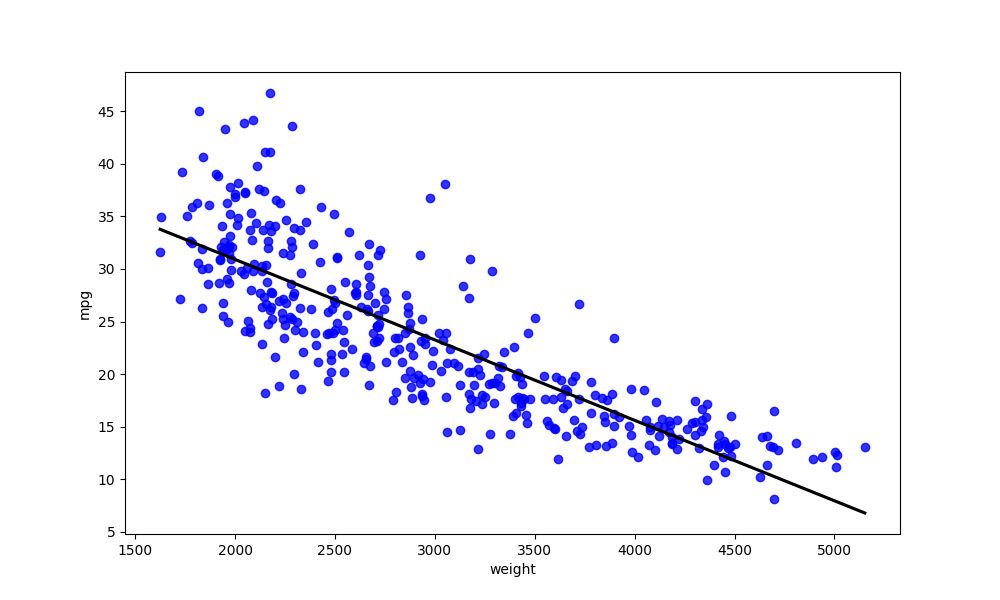
python, seaborn, regplot, order=1, ci=None, scatter_color=blue, line_color=black